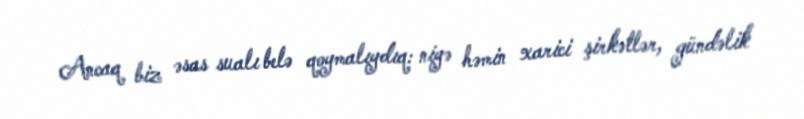
Ancaq biz əsas sualı belə qoymalıydıq: niyə həmin xarici şirkətlər, gündəlik